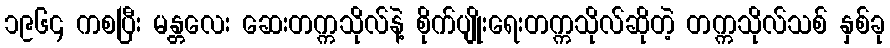
၁၉၆၄ ကစပြီး မန္တလေး ဆေးတက္ကသိုလ်နဲ့ စိုက်ပျိုးရေးတက္ကသိုလ်ဆိုတဲ့ တက္ကသိုလ်သစ် နှစ်ခု